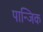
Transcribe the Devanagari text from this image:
पान्जिक